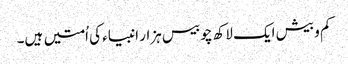
کم و بیش ایک لاکھ چوبیس ہزار انبیاء کی اُمتیں ہیں۔